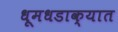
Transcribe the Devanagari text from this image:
धूमधडाक्यात